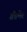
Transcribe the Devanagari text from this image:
ग्रैंडमेर